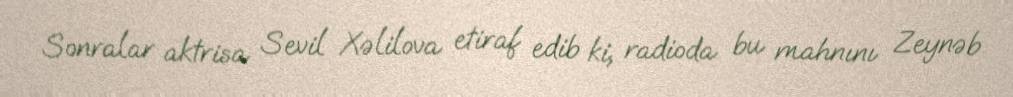
Sonralar aktrisa Sevil Xəlilova etiraf edib ki, radioda bu mahnını Zeynəb